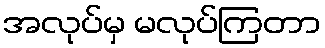
အလုပ်မှ မလုပ်ကြတာ